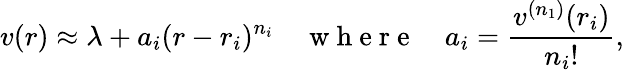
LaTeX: v(r)\approx\lambda+a_{i}(r-r_{i})^{n_{i}}\quad\mathrm{~w~h~e~r~e~}\quad a_{i}=\frac{v^{(n_{1})}(r_{i})}{n_{i}!},